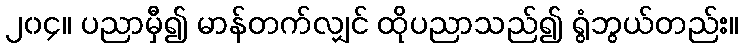
၂၀၄။ ပညာမှီ၍ မာန်တက်လျှင် ထိုပညာသည်၍ ရွံဘွယ်တည်း။